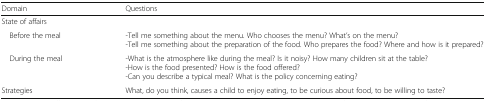
<table><thead><tr><td><b>Domain</b></td><td><b>Questions</b></td></tr></thead><tbody><tr><td colspan="2">State of affairs</td></tr><tr><td> Before the meal</td><td>-Tell me something about the menu. Who chooses the menu? What’s on the menu?-Tell me something about the preparation of the food. Who prepares the food? Where and how is it prepared?</td></tr><tr><td> During the meal</td><td>-What is the atmosphere like during the meal? Is it noisy? How many children sit at the table?-How is the food presented? How is the food offered?-Can you describe a typical meal? What is the policy concerning eating?</td></tr><tr><td>Strategies</td><td>What, do you think, causes a child to enjoy eating, to be curious about food, to be willing to taste?</td></tr></tbody></table>